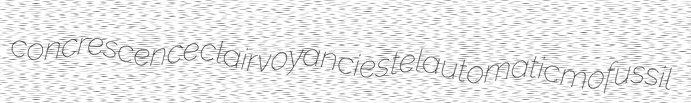
concrescence clairvoyancies telautomatic mofussil